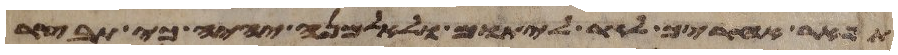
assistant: תפאר אחריך לגר ליתום ולאלמנה יהיה כי תבצר